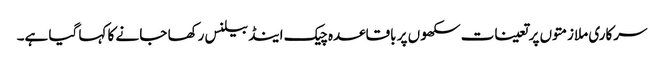
سرکاری ملازمتوں پر تعینات سکھوں پر باقاعدہ چیک اینڈ بیلنس رکھا جا نے کا کہا گیا ہے۔